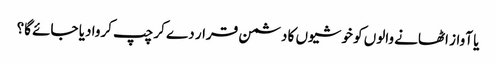
یا آواز اٹھانے والوں کو خوشیوں کا دشمن قرار دے کر چپ کروا دیا جائے گا؟